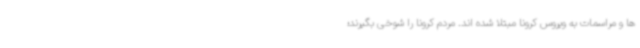
ها و مراسمات به ویروس کرونا مبتلا شده اند. مردم کرونا را شوخی بگیرند؛